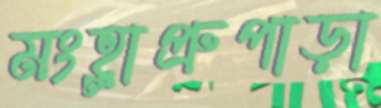
মংহ্লাপ্রুপাড়া